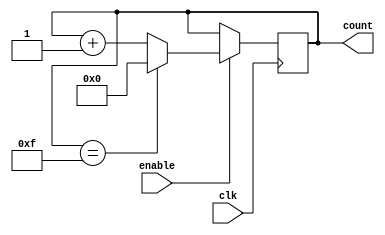
module binary_up_counter_with_enable
(
    input wire clk,
    input wire enable,
    output reg [n-1:0] count
);

parameter n = 4; // Change this value to set the maximum count value

always @(posedge clk) begin
    if(enable) begin
        if(count == (2**n - 1))
            count <= 0;
        else
            count <= count + 1;
    end
end

endmodule